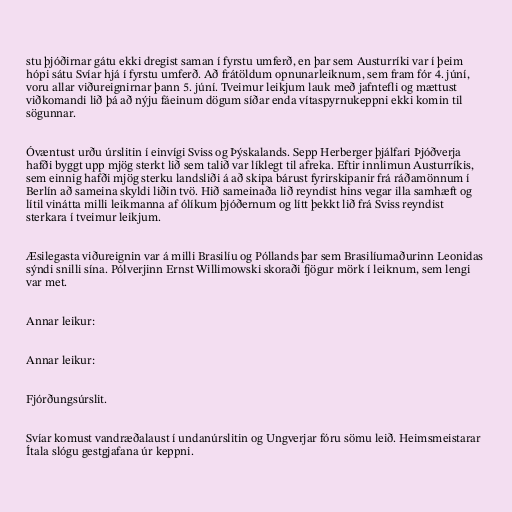
stu þjóðirnar gátu ekki dregist saman í fyrstu umferð, en þar sem Austurríki var í þeim
hópi sátu Svíar hjá í fyrstu umferð. Að frátöldum opnunarleiknum, sem fram fór 4. júní,
voru allar viðureignirnar þann 5. júní. Tveimur leikjum lauk með jafntefli og mættust
viðkomandi lið þá að nýju fáeinum dögum síðar enda vítaspyrnukeppni ekki komin til
sögunnar.

Óvæntust urðu úrslitin í einvígi Sviss og Þýskalands. Sepp Herberger þjálfari Þjóðverja
hafði byggt upp mjög sterkt lið sem talið var líklegt til afreka. Eftir innlimun Austurríkis,
sem einnig hafði mjög sterku landsliði á að skipa bárust fyrirskipanir frá ráðamönnum í
Berlín að sameina skyldi liðin tvö. Hið sameinaða lið reyndist hins vegar illa samhæft og
lítil vinátta milli leikmanna af ólíkum þjóðernum og lítt þekkt lið frá Sviss reyndist
sterkara í tveimur leikjum.

Æsilegasta viðureignin var á milli Brasilíu og Póllands þar sem Brasilíumaðurinn Leonidas
sýndi snilli sína. Pólverjinn Ernst Willimowski skoraði fjögur mörk í leiknum, sem lengi
var met.

Annar leikur:

Annar leikur:

Fjórðungsúrslit.

Svíar komust vandræðalaust í undanúrslitin og Ungverjar fóru sömu leið. Heimsmeistarar
Ítala slógu gestgjafana úr keppni.